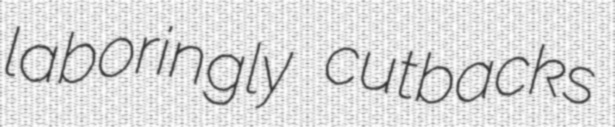
laboringly cutbacks